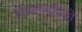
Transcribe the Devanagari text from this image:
विद्यार्थ्यापैकी